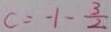
c = - 1 - \frac { 3 } { 2 }